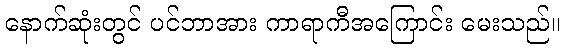
နောက်ဆုံးတွင် ပင်ဘာအား ကာရာကီအကြောင်း မေးသည်။